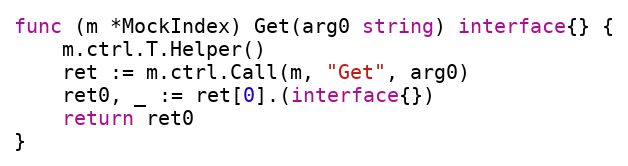
Language: Go
func (m *MockIndex) Get(arg0 string) interface{} {
	m.ctrl.T.Helper()
	ret := m.ctrl.Call(m, "Get", arg0)
	ret0, _ := ret[0].(interface{})
	return ret0
}